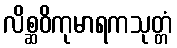
လိစ္ဆဝိကုမာရကသုတ္တံ